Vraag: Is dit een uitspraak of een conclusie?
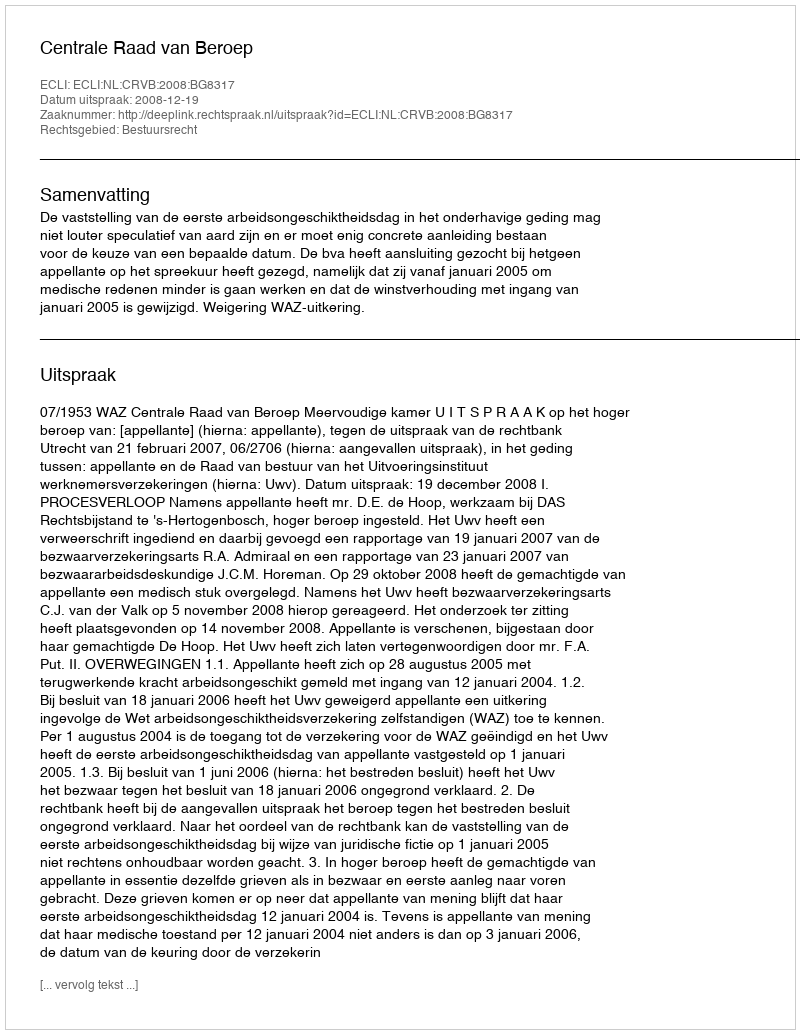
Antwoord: Uitspraak